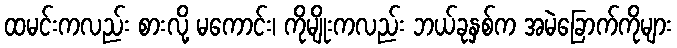
ထမင်းကလည်း စားလို့ မကောင်း၊ ကိုမျိုးကလည်း ဘယ်ခုနှစ်က အမဲခြောက်ကိုများ